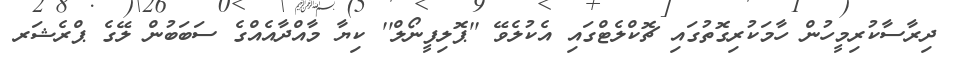
ދިރާސާކުރިމީހުން ހާމަކުރިގޮތުގައި ޗޮކްލެޓްގައި އެކުލެވޭ ''ޕޮލިފީނޯލް'' ކިޔާ މާއްދާއެއްގެ ސަބަބުން ލޭގެ ޕްރެޝަރ